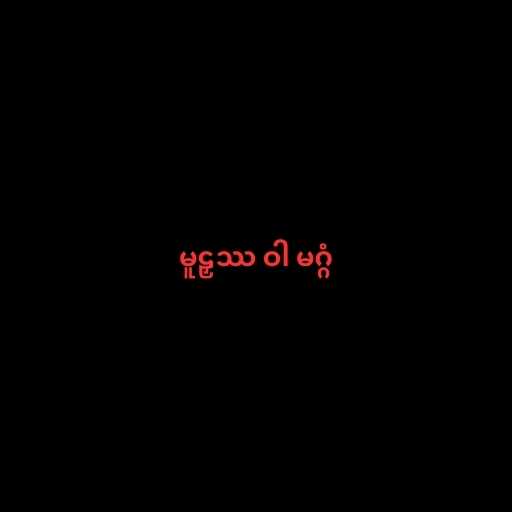
မူဠှဿ ဝါ မဂ္ဂံ